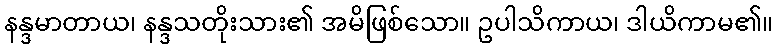
နန္ဒမာတာယ၊ နန္ဒသတိုးသား၏ အမိဖြစ်သော။ ဥပါသိကာယ၊ ဒါယိကာမ၏။